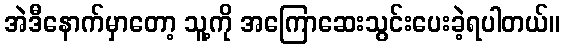
အဲဒီနောက်မှာတော့ သူ့ကို အကြောဆေးသွင်းပေးခဲ့ရပါတယ်။